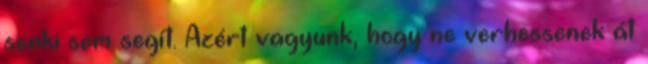
senki sem segít. Azért vagyunk, hogy ne verhessenek át